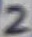
Text: 2